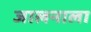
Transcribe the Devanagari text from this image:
जालनाला